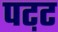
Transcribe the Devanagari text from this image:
पट़ट